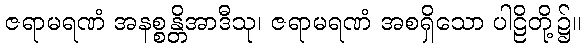
ဇရာမရဏံ အနစ္စန္တိအာဒီသု၊ ဇရာမရဏံ အစရှိသော ပါဠိတို့၌။